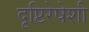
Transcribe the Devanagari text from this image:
दृष्टिरेषेशी